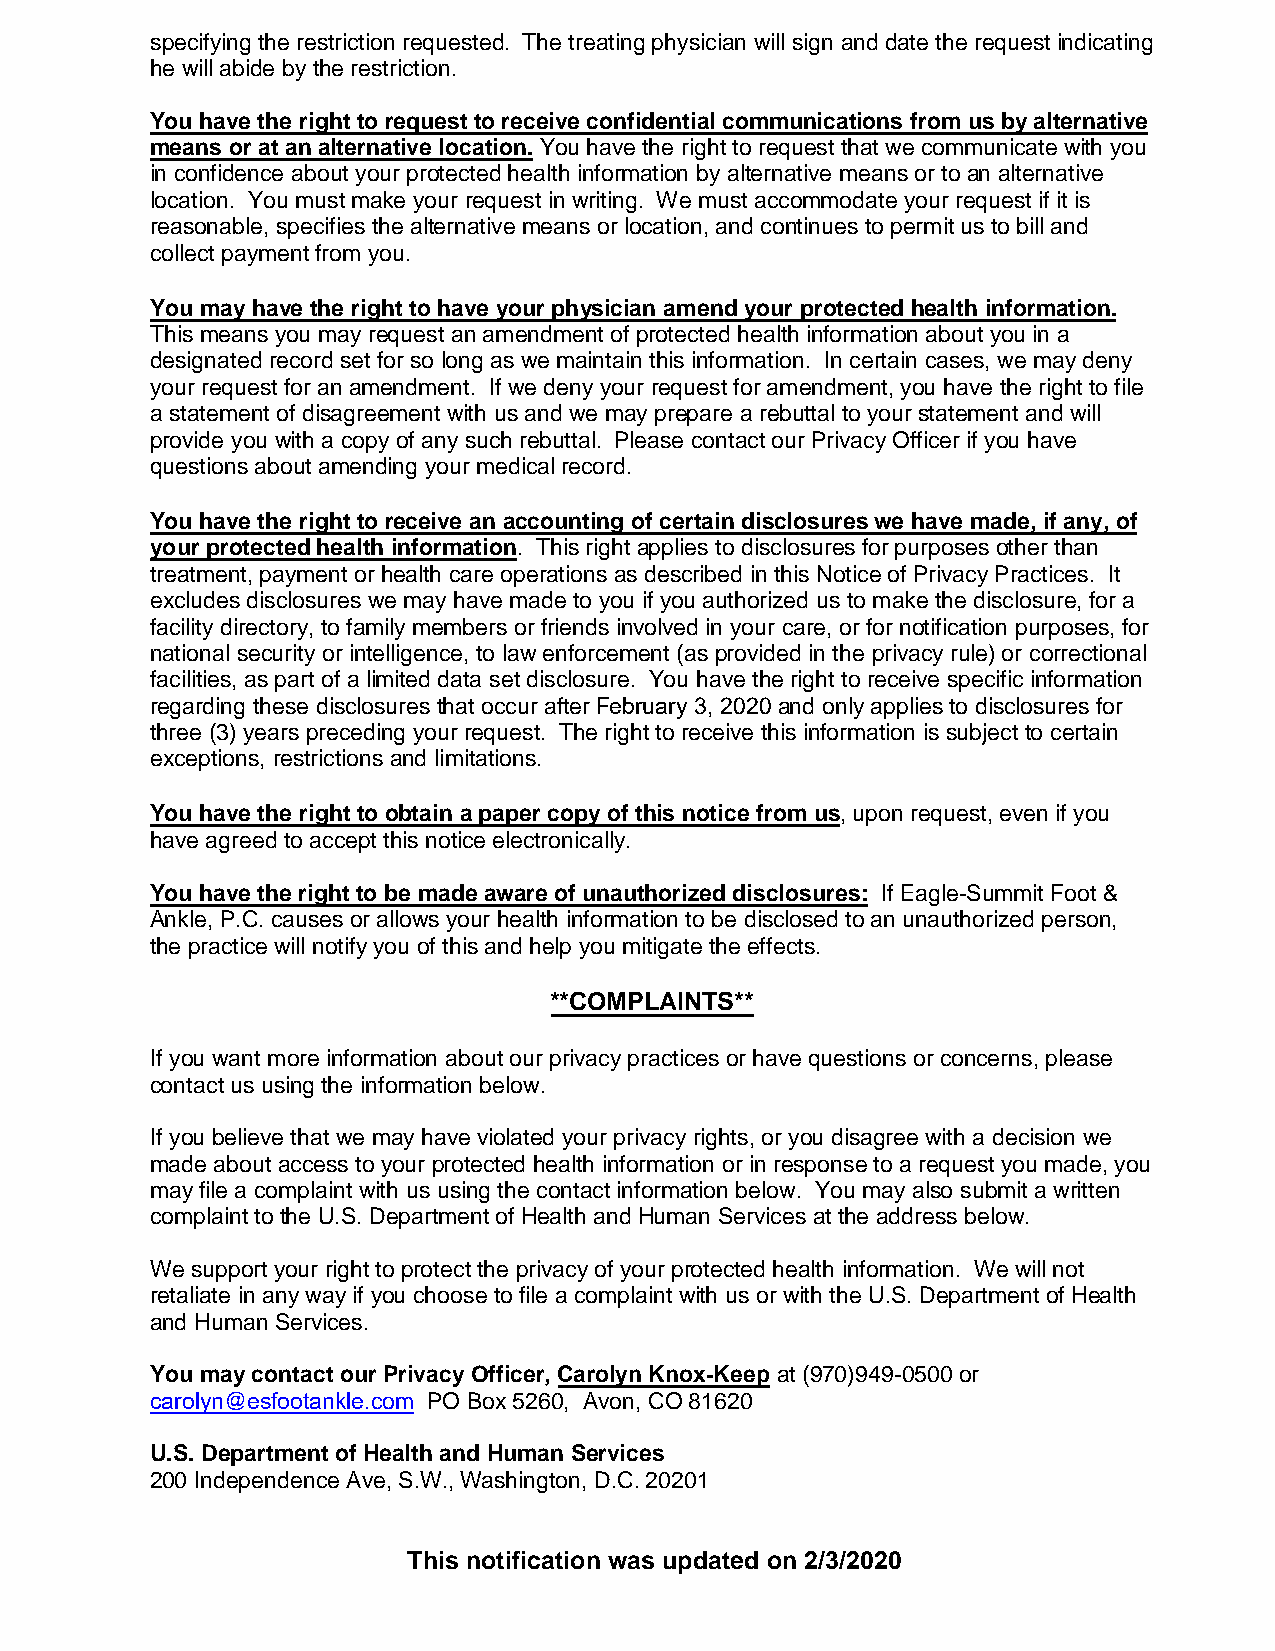
specifying the restriction requested. The treating physician will sign and date the request indicating
 he will abide by the restriction.
 You have the right to request to receive confidential communications from us by alternative
 means or at an alternative location. You have the right to request that we communicate with you
 in confidence about your protected health information by alternative means or to an alternative
 location. You must make your request in writing. We must accommodate your request if it is
 reasonable, specifies the alternative means or location, and continues to permit us to bill and
 collect payment from you.
 You may have the right to have your physician amend your protected health information.
 This means you may request an amendment of protected health information about you in a
 designated record set for so long as we maintain this information. In certain cases, we may deny
 your request for an amendment. If we deny your request for amendment, you have the right to file
 a statement of disagreement with us and we may prepare a rebuttal to your statement and will
 provide you with a copy of any such rebuttal. Please contact our Privacy Officer if you have
 questions about amending your medical record.
 You have the right to receive an accounting of certain disclosures we have made, if any, of
 your protected health information. This right applies to disclosures for purposes other than
 treatment, payment or health care operations as described in this Notice of Privacy Practices. It
 excludes disclosures we may have made to you if you authorized us to make the disclosure, for a
 facility directory, to family members or friends involved in your care, or for notification purposes, for
 national security or intelligence, to law enforcement (as provided in the privacy rule) or correctional
 facilities, as part of a limited data set disclosure. You have the right to receive specific information
 regarding these disclosures that occur after February 3, 2020 and only applies to disclosures for
 three (3) years preceding your request. The right to receive this information is subject to certain
 exceptions, restrictions and limitations.
 You have the right to obtain a paper copy of this notice from us, upon request, even if you
 have agreed to accept this notice electronically.
 You have the right to be made aware of unauthorized disclosures: If Eagle-Summit Foot &
 Ankle, P.C. causes or allows your health information to be disclosed to an unauthorized person,
 the practice will notify you of this and help you mitigate the effects.
 **COMPLAINTS**
 If you want more information about our privacy practices or have questions or concerns, please
 contact us using the information below.
 If you believe that we may have violated your privacy rights, or you disagree with a decision we
 made about access to your protected health information or in response to a request you made, you
 may file a complaint with us using the contact information below. You may also submit a written
 complaint to the U.S. Department of Health and Human Services at the address below.
 We support your right to protect the privacy of your protected health information. We will not
 retaliate in any way if you choose to file a complaint with us or with the U.S. Department of Health
 and Human Services.
 You may contact our Privacy Officer, Carolyn Knox-Keep at (970)949-0500 or
 carolyn@esfootankle.com PO Box 5260, Avon, CO 81620
 U.S. Department of Health and Human Services
 200 Independence Ave, S.W., Washington, D.C. 20201
 This notification was updated on 2/3/2020